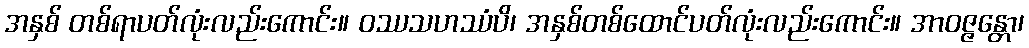
အနှစ် တစ်ရာပတ်လုံးလည်းကောင်း။ ဝဿသဟဿံပိ၊ အနှစ်တစ်ထောင်ပတ်လုံးလည်းကောင်း။ အာဝဇ္ဇန္တော၊